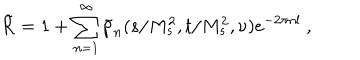
LaTeX: \tilde { \cal R } = 1 + \sum _ { n = 1 } ^ { \infty } \tilde { p } _ { n } ( s / M _ { s } ^ { 2 } , t / M _ { s } ^ { 2 } , \nu ) e ^ { - 2 \pi n l } \ ,